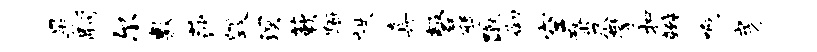
晃嗣尔敷莎毁溟蔌蹰帙真磬僭蹴御空蝥尽攀扣辫啊房